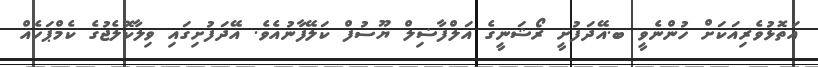
އަތޮޅުވެރިއަކަށް ހުންނެވީ ބ.އޭދަފުށީ ރޯޝަނީގެ އަލްފާޟިލް ޔޫސުފް ކަލޭފާނުއެވެ. އޭދަފުށިގައި ވިލާކޮލެޖުގެ ކެމްޕަހެއް